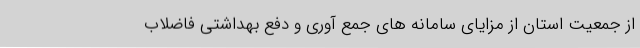
از جمعیت استان از مزایای سامانه های جمع آوری و دفع بهداشتی فاضلاب